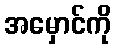
အမှောင်ကို